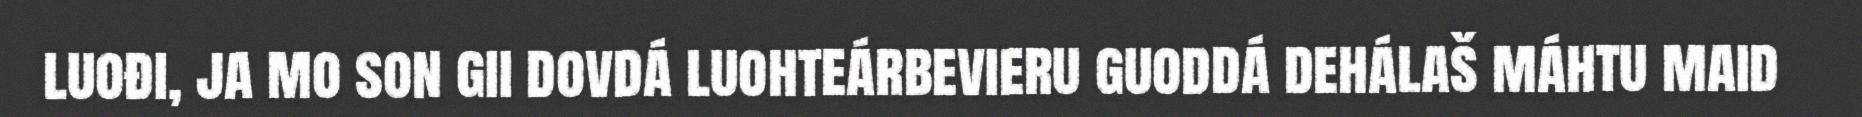
luođi, ja mo son gii dovdá luohteárbevieru guoddá dehálaš máhtu maid